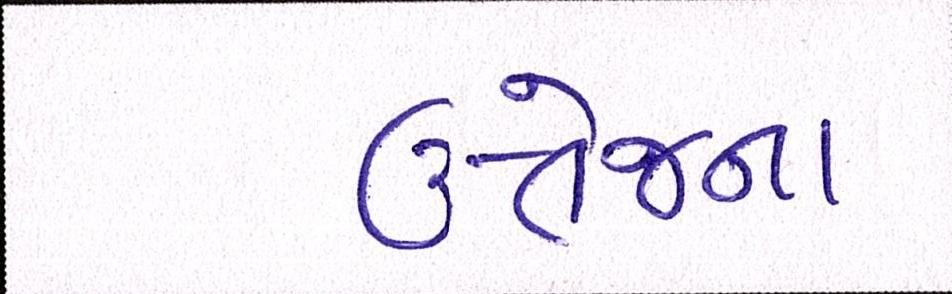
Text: ઉત્તેજના